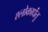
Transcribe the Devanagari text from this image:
श्लोकार्धेतु